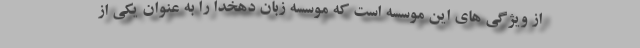
از ویژگی های این موسسه است که موسسه زبان دهخدا را به عنوان یکی از